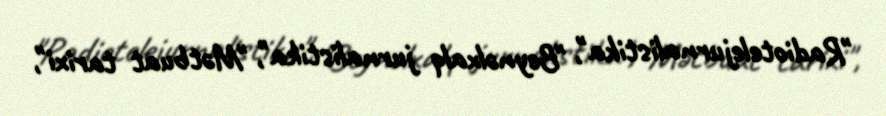
"Radiotelejurnalistika", "Beynəlxalq jurnalistika", "Mətbuat tarixi",